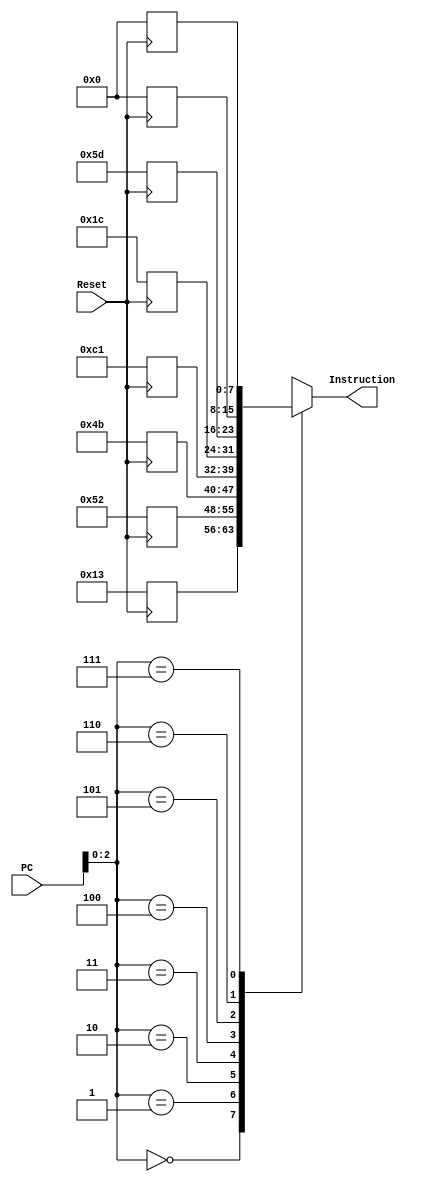
module instMem(
    input [7:0] PC,
    input Reset,
    output [7:0] Instruction
);

reg [7:0] IMem [7:0];

assign Instruction = IMem[PC];

always@(negedge Reset)
begin
    if(Reset == 0)
    begin
        IMem[0] = 8'h13;
        IMem[1] = 8'h52;
        IMem[2] = 8'h4b;
        IMem[3] = 8'hc1;
        IMem[4] = 8'h1c;
        IMem[5] = 8'h5d;
        IMem[6] = 8'h00;
        IMem[7] = 8'h00;
    end
end

endmodule